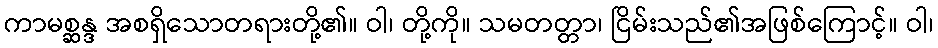
ကာမစ္ဆန္ဒ အစရှိသောတရားတို့၏။ ဝါ၊ တို့ကို။ သမတတ္တာ၊ ငြိမ်းသည်၏အဖြစ်ကြောင့်။ ဝါ၊